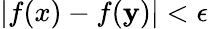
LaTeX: |f(x)-f(\mathbf{y})|<\epsilon